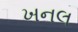
ખનલ